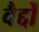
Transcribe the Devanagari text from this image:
वैद्दों